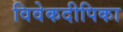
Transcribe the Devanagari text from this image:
विवेकदीपिका